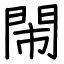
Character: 閙